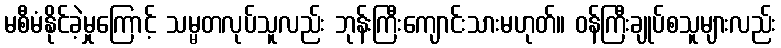
မစီမံနိုင်ခဲ့မှုကြောင့် သမ္မတလုပ်သူလည်း ဘုန်းကြီးကျောင်းသားမဟုတ်။ ဝန်ကြီးချုပ်စသူများလည်း